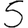
Digit: 5